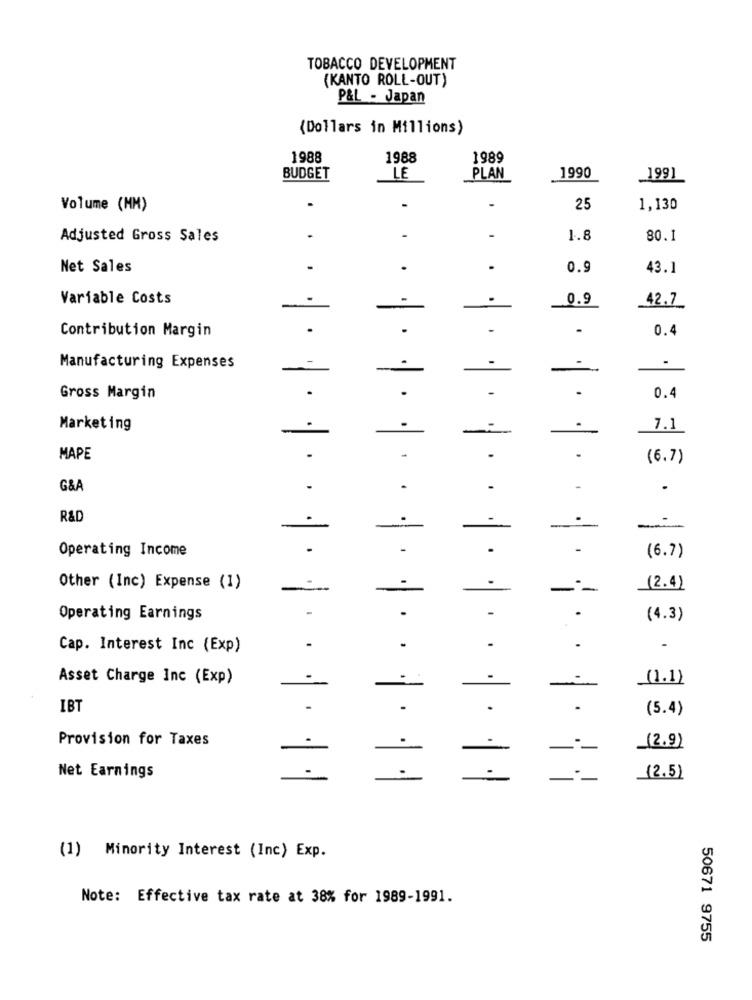
TOBACCO DEVELOPMENT
(KANTO ROLL-OUT)
P&L - Japan
(Dollars in Millions)
1988
1988
1989
BUDGET
LE
PLAN
1990
1991
Volume (MM)
25
1,130
Adjusted Gross Sales
.
1.8
80.1
Net Sales
0.9
43.1
Variable Costs
0.9
_42.7
Contribution Margin
.
.
0.4
.
Manufacturing Expenses
-
Gross Margin
0.4
Marketing
7.1
MAPE
(6.7)
G&A
.
R&D
-
Operating Income
(6.7)
Other (Inc) Expense (1)
-:
(2.4)
Operating Earnings
(4.3)
Cap. Interest Inc (Exp)
Asset Charge Inc (Exp)
(1.1)
IBT
.
(5.4)
Provision for Taxes
(2.9)
-
Net Earnings
· · · · · · · |
(2.5)
(1) Minority Interest (Inc) Exp.
Note: Effective tax rate at 38% for 1989-1991.
50671 9755